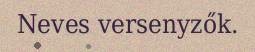
Neves versenyzők.